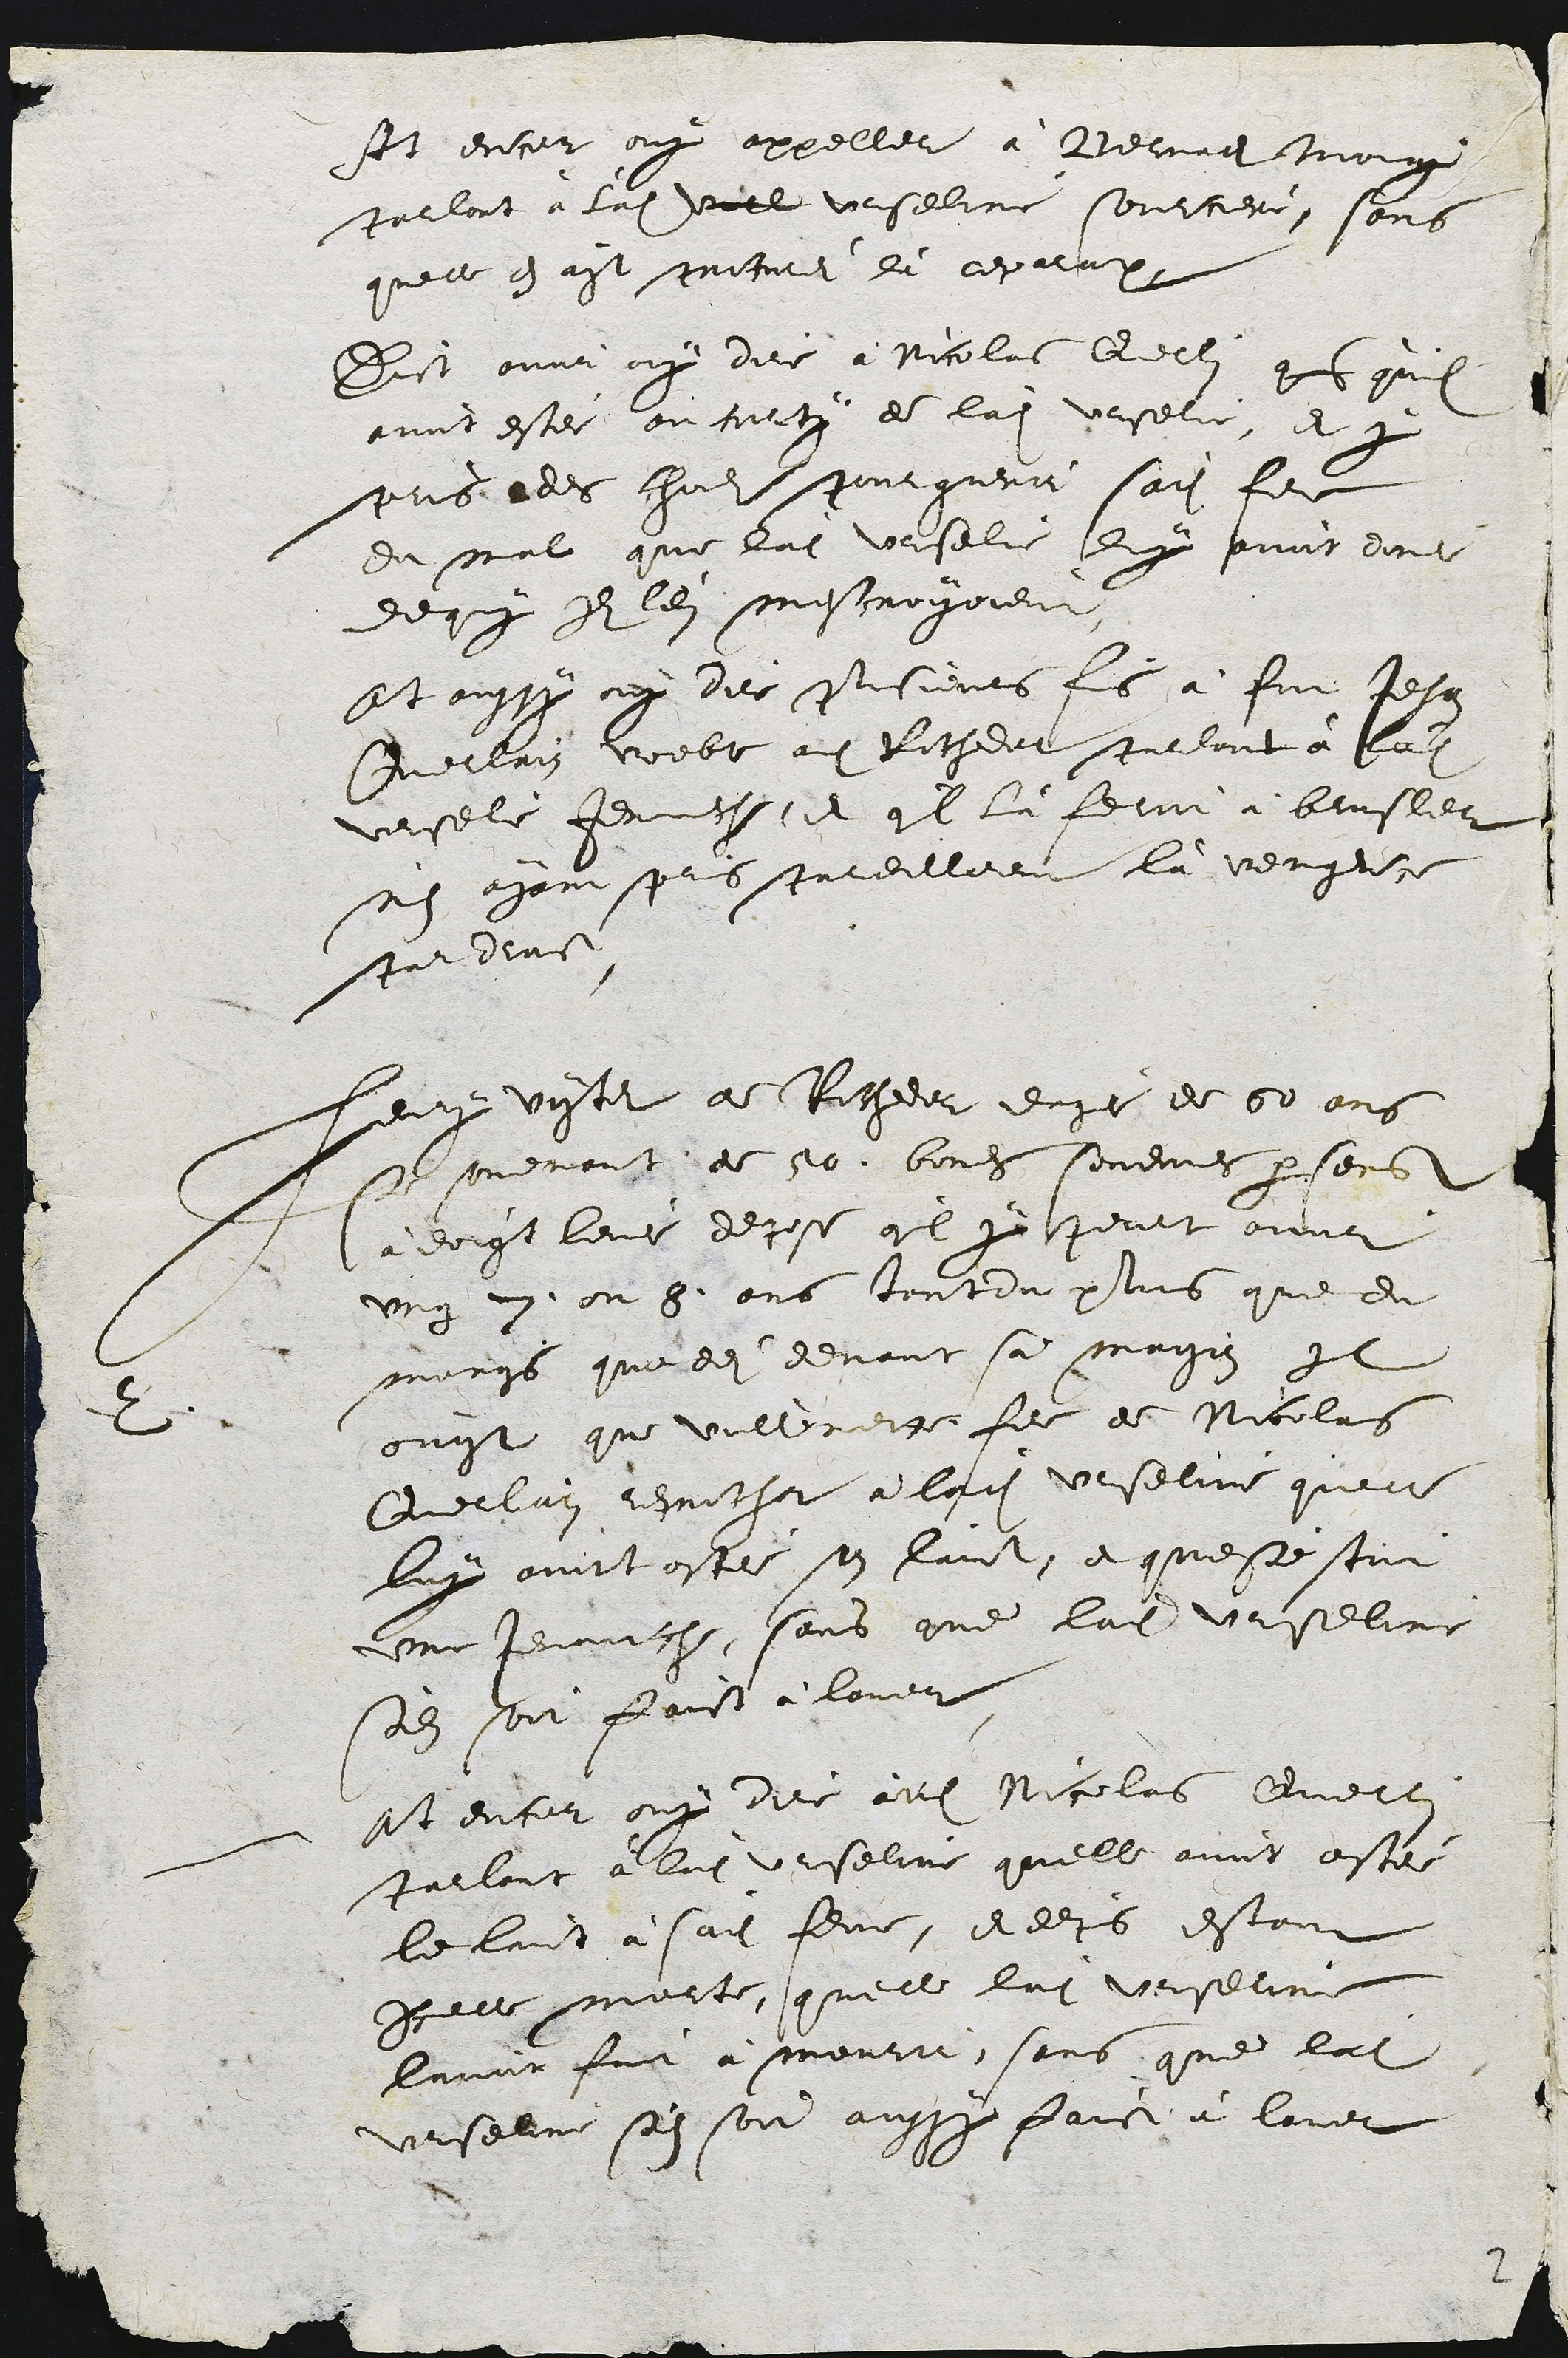
ft encor ouy appeller à Bernati moiage
parlant à ladite Viel Urseline sourciere, sons
quelle en ayt pricurei du ceparation
Dict avoir ouy dire à Nicolas Querli que quil
avoit estei ou corto de ladite Urselie, et y
pris ades chodis pour querir sadite fer
du mal que ladite Urselie luy avoit dont
dequy Il len mescroiyoient,
Et aussy ny der pluisieurs fis à fut Jehan
Guerrri Voeble au Rochdot parlont à ladite
versele Jenache, et quil là feroit à brusler
n'en ayant plus pareilleent là vengeite
par dimn
Ee
Leuy viyter de Rocheer eage de 60 ans
Se souemant de 50. bones sendunes par sens
à doigt levé depose quil y perut ovooir
ung 7. ou 8. ans tantdu plus que du
moings queledit devant sa maison Il
ouyt que Vullemette fem de Nicolas
Querlain repochar à ladite Urseline querle
luy avoit ostéi son laict, et queste scoit
une tenauche, sans que ladite Urseline
son soir faict à lover
at encor ouy dire audit Nicolas Querle
parlant à ladite Urseline quelle avoit asté
le lait à sadite femme, et depuis estant
icelle morte, quelle ladite Urserine
lavoir foit à mourr, sans que ladite
Urseline sin soi aussy faict à laver

2